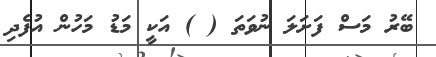
ބޭރު މަސް ފަށަލަ ނުވަތަ ( ) އަކީ މަޑު މަހުން އުފެދި